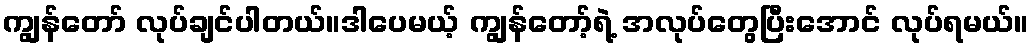
ကျွန်တော် လုပ်ချင်ပါတယ်။ဒါပေမယ့် ကျွန်တော့်ရဲ့ အလုပ်တွေပြီးအောင် လုပ်ရမယ်။